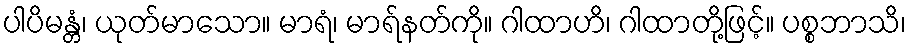
ပါပိမန္တံ၊ ယုတ်မာသော။ မာရံ၊ မာရ်နတ်ကို။ ဂါထာဟိ၊ ဂါထာတို့ဖြင့်။ ပစ္စဘာသိ၊